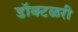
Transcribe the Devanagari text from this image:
डॉक्टळरी